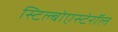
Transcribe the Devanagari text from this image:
स्टिल्बोएस्टेरॉल